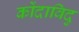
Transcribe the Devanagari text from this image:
कोंदाविदु